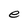
Character: e